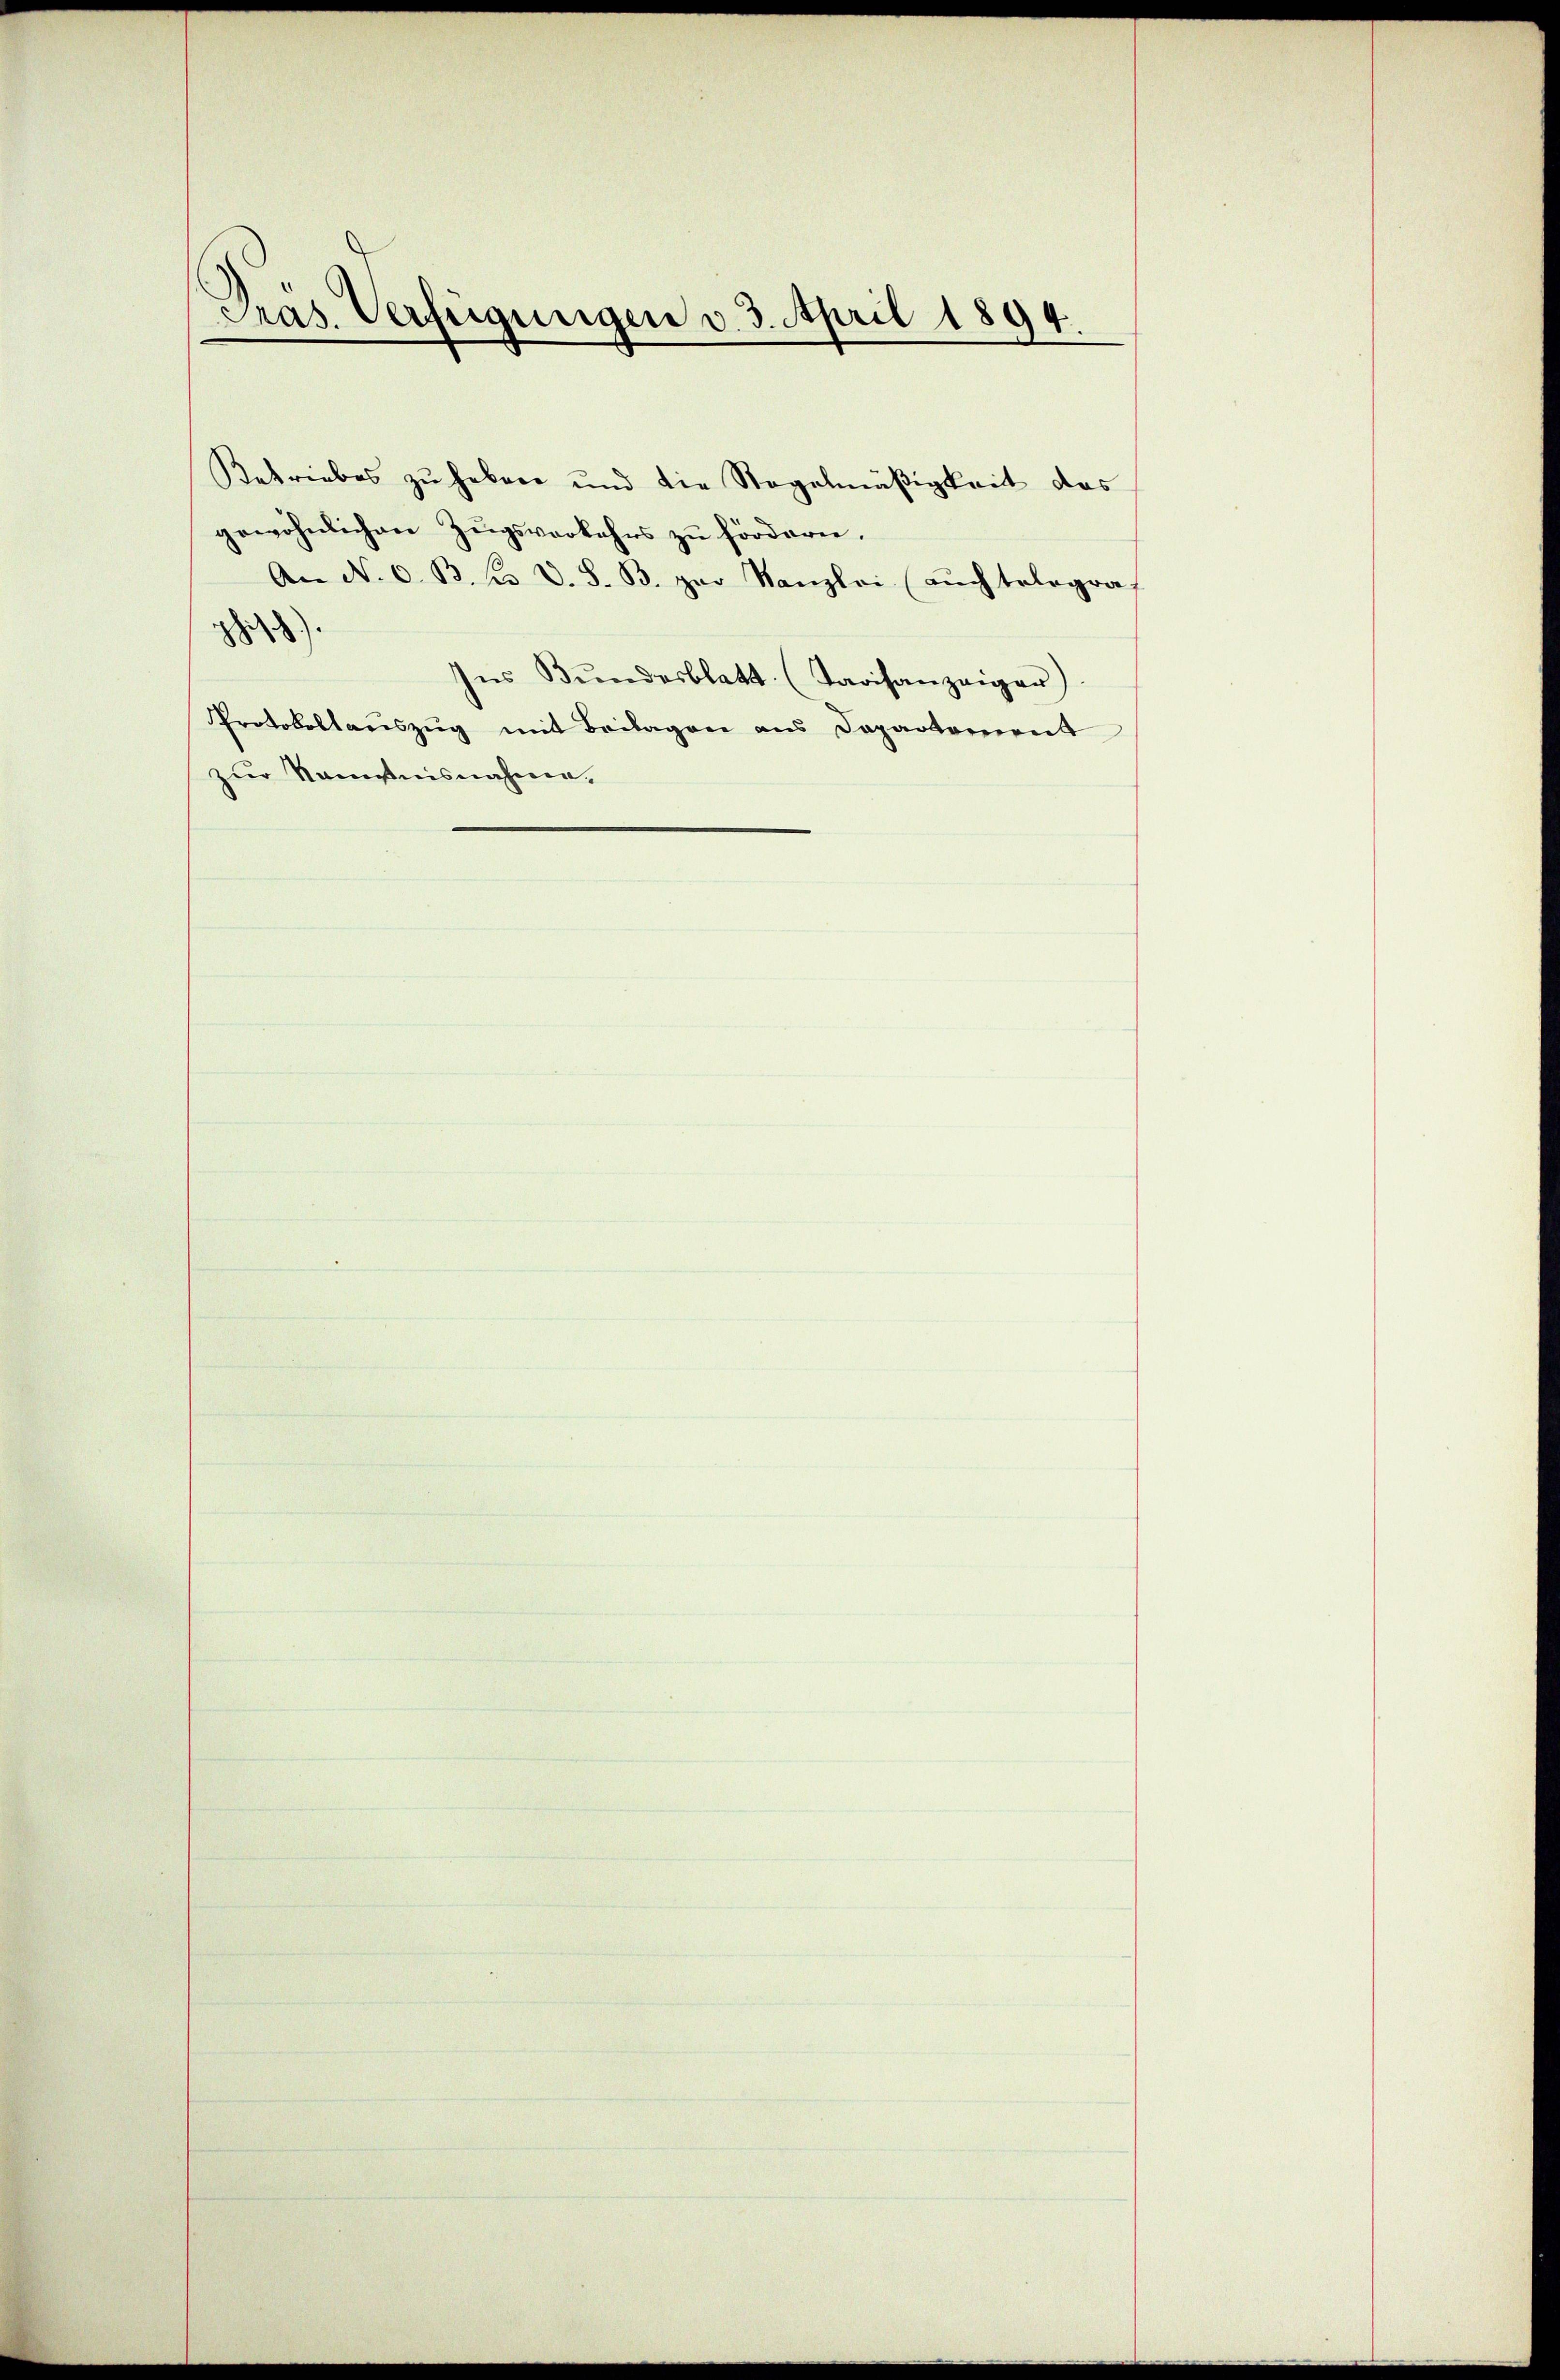
Präs. Verfügungen v. 3. April 1894.

Retriebes zu haben und die Stegelmäßigkeit des
gewöhnlichen Zŭgsverkehrs zu fördern,
An N. O. B. C. D. S. B. zur Kanzlei (auch telegraf
8828).
Ins Bŭndesblatt. (Tavisanzeiger).
Protokollauszug mit Beilagen aus Departement
zur Kenntnisnahme.